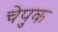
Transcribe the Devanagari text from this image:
चेपुक